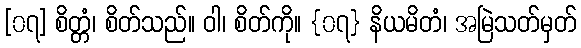
[၀၇] စိတ္တံ၊ စိတ်သည်။ ဝါ၊ စိတ်ကို။ {၀၇} နိယမိတံ၊ အမြဲသတ်မှတ်